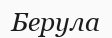
Берула